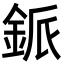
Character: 䤨